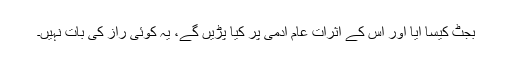
بجٹ کیسا آیا اور اس کے اثرات عام آدمی پر کیا پڑیں گے، یہ کوئی راز کی بات نہیں۔